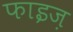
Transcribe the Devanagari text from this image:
फाइज़